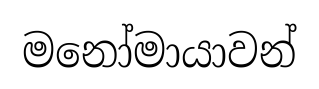
මනෝමායාවන්